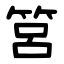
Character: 筥